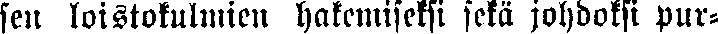
sen loistokulmien hakemiseksi sekä johdoksi pur-